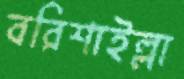
বরিশাইল্লা